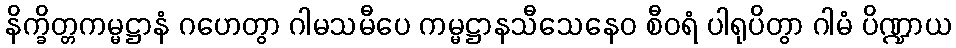
နိက္ခိတ္တကမ္မဋ္ဌာနံ ဂဟေတွာ ဂါမသမီပေ ကမ္မဋ္ဌာနသီသေနေဝ စီဝရံ ပါရုပိတွာ ဂါမံ ပိဏ္ဍာယ